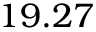
1 9 . 2 7